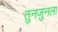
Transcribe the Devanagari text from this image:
तुनजुनला